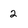
Character: 2